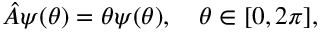
{ \hat { A } } \psi ( \theta ) = \theta \psi ( \theta ) , \quad \theta \in [ 0 , 2 \pi ] ,